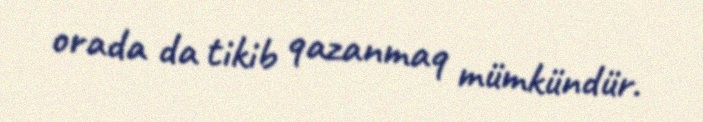
orada da tikib qazanmaq mümkündür.